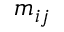
m _ { i j }